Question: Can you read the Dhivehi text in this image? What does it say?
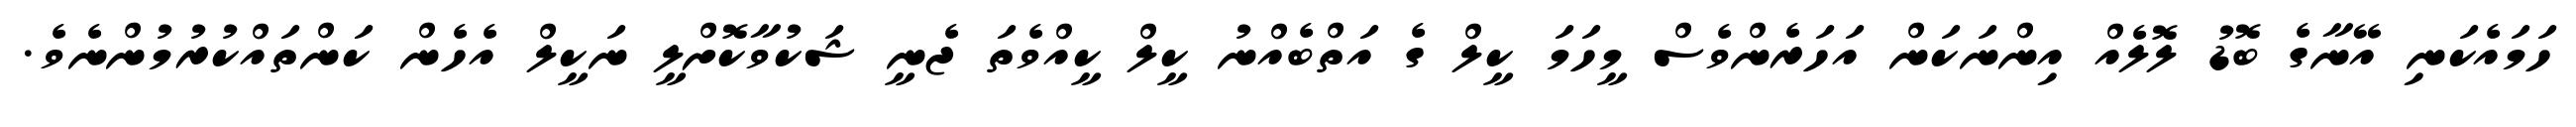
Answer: ހަމައެކަނި އޭނާގެ ބޮޑު ލޮލެއް އިންނަކަން އަހަރެންވެސް މީހަމަ ކީލް ގެ އަތްބެއްނު ކީލް ކީއްވެތަ ޖެނީ ޝަކުވާކޮށްލީ ނަކީލް އެހެން ކަންތައްކުރުމުންނެވެ.